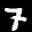
Label: 7